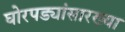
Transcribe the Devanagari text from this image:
घोरपड्यांसारख्या